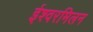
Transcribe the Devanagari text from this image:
ईश्वरमिलन